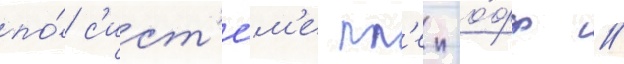
по́ с'ист'е́м'е пл'еи-о́фф //